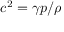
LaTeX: c ^ { 2 } = \gamma p / \rho